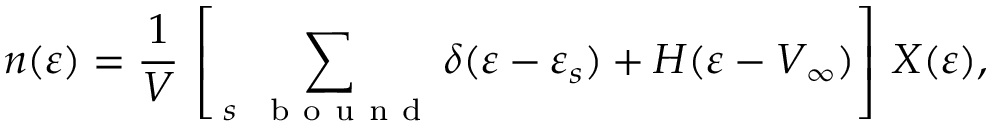
n ( \varepsilon ) = \frac { 1 } { V } \, \left[ \, \sum _ { s \mathrm { ~ \, ~ b ~ o ~ u ~ n ~ d ~ } } \delta ( \varepsilon - \varepsilon _ { s } ) + H ( \varepsilon - V _ { \infty } ) \right] \, X ( \varepsilon ) ,